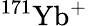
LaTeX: ^{171}{\mathrm{Yb}}^{+}